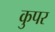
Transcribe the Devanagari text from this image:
कुपर